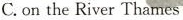
C.on the River Thames